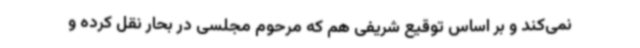
نمی‌کند و بر اساس توقیع شریفی هم که مرحوم مجلسی در بحار نقل کرده و